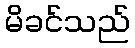
မိခင်သည်